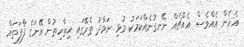
އެހެން އެއްވެސް އެއްޗެއް ނޭނގުނެއްކަމަކު މުޅި ނަމާދު ތެރޭގައި ހިތާހިތުން އޭނަގެ ފާފަތައް